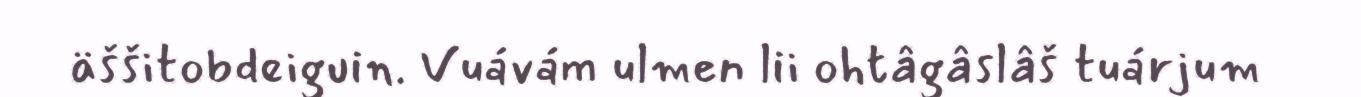
äššitobdeiguin. Vuávám ulmen lii ohtâgâslâš tuárjum